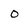
Character: O